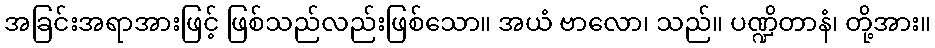
အခြင်းအရာအားဖြင့် ဖြစ်သည်လည်းဖြစ်သော။ အယံ ဗာလော၊ သည်။ ပဏ္ဍိတာနံ၊ တို့အား။